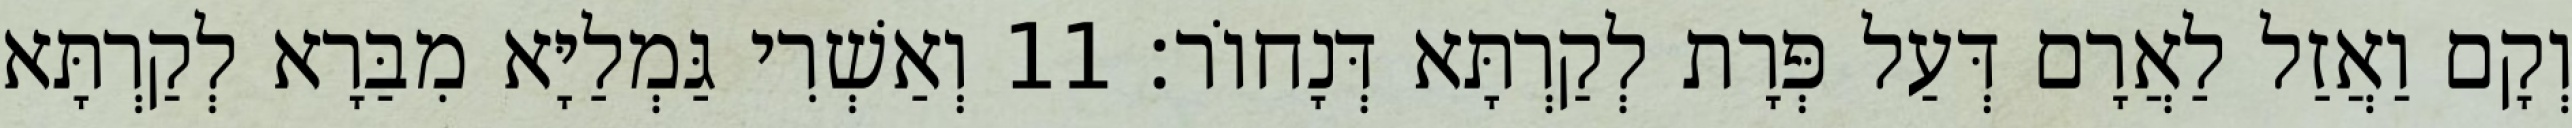
וְקָם וַאֲזַל לַאֲרָם דְּעַל פְּרָת לְקַרְתָּא דְּנָחוֹר׃ 11 וְאַשְׁרִי גַּמְלַיָּא מִבַּרָא לְקַרְתָּא